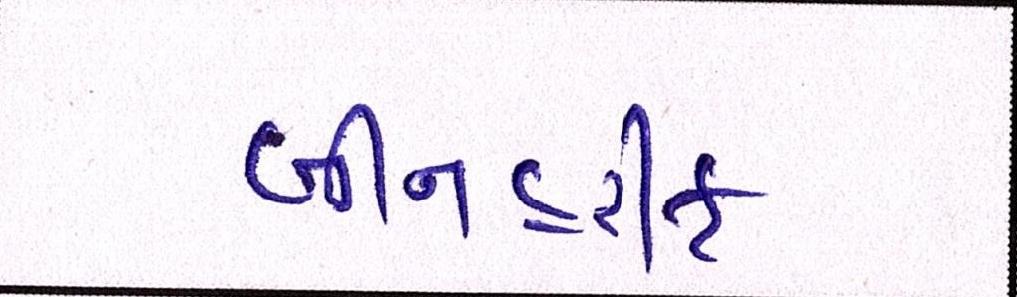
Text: બીનહરીફ